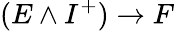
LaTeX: (E\wedge I^{+})\to F